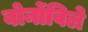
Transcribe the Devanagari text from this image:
बोर्नोविले